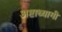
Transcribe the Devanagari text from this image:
अष्टाध्यागी